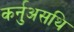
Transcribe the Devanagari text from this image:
कर्नुअसथि